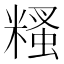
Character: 糔